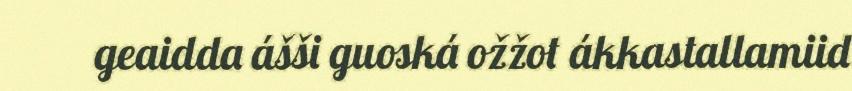
geaidda ášši guoská ožžot ákkastallamiid